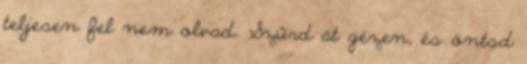
teljesen fel nem olvad. Szűrd át gézen, és öntsd